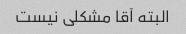
البته آقا مشکلی نیست